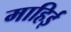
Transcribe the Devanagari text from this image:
माहिई